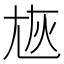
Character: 㞀